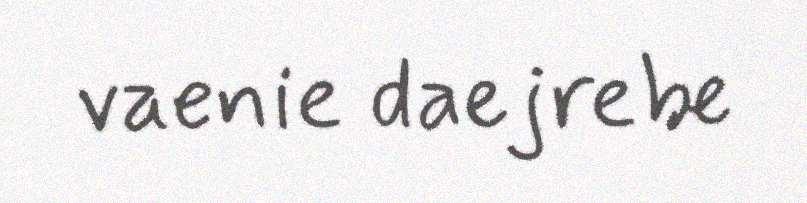
vaenie daejrebe